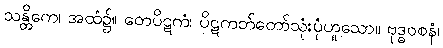
သန္တိကေ၊ အထံ၌။ တေပိဋကံ၊ ပိဋကတ်တော်သုံးပုံဟူသော။ ဗုဒ္ဓဝစနံ၊